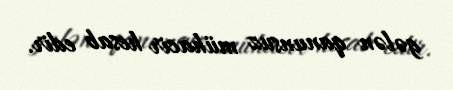
gələn qanunsuz mühacir hesab edir.